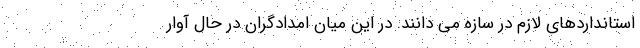
استانداردهای لازم در سازه می دانند. در این میان امدادگران در حال آوار